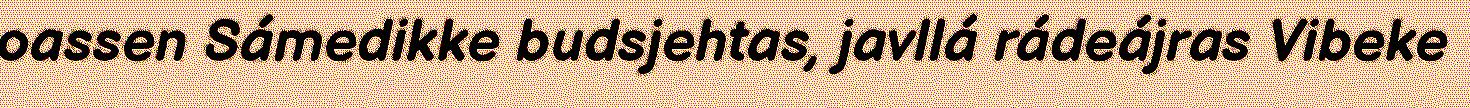
oassen Sámedikke budsjehtas, javllá rádeájras Vibeke